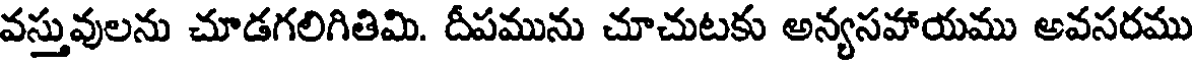
వస్తువులను చూడగలిగితిమి. దీపమును చూచుటకు అన్యసవాయము అవసరము